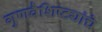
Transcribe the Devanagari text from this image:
गुणवैशिष्ट्यांचे